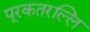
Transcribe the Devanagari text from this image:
पूरकतरल्लि